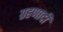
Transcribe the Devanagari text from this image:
ग्रहणादी